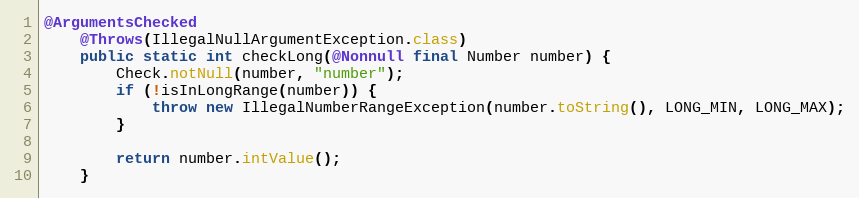
Language: Java
@ArgumentsChecked
	@Throws(IllegalNullArgumentException.class)
	public static int checkLong(@Nonnull final Number number) {
		Check.notNull(number, "number");
		if (!isInLongRange(number)) {
			throw new IllegalNumberRangeException(number.toString(), LONG_MIN, LONG_MAX);
		}

		return number.intValue();
	}